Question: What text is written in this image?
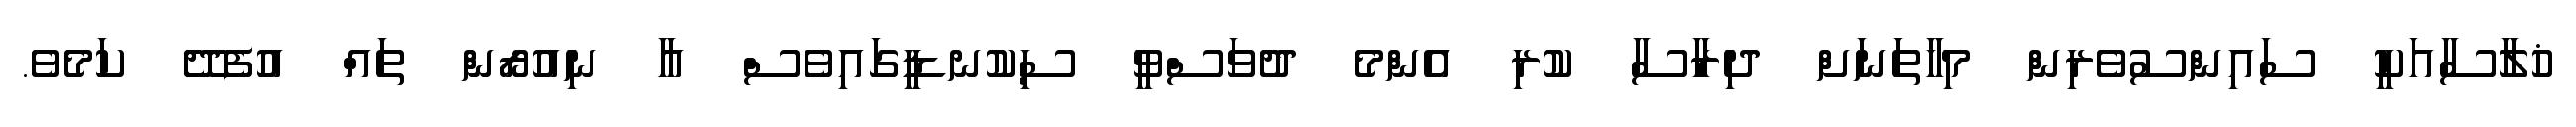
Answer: ޚުލާސާއަކީ ސައިންސުވެރިން މިހާތަނަށް ދިރާސާ ކުރި އެންމެ ދުވަސްވީ ސިކުނޑީގައިވެސް އާ ނިއުރޯން ތައް އުފެދޭ ކަމެވެ.